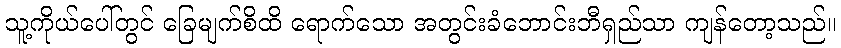
သူ့ကိုယ်ပေါ်တွင် ခြေမျက်စိထိ ရောက်သော အတွင်းခံဘောင်းဘီရှည်သာ ကျန်တော့သည်။